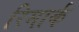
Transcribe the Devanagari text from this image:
रिमार्क